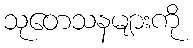
သုတေသနများကို